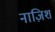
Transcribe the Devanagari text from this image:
नाज़िश